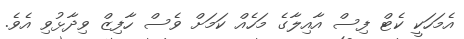
އެމަހަކީ ކެޓް ފިސް އާއިލާގެ މަހެއް ކަމަށް ވެސް ހާފިޒް ވިދާޅުވި އެވެ.